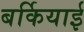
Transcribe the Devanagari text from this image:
बर्कियाई